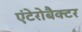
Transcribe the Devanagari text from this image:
एंटेरोबैक्टर